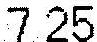
7.25